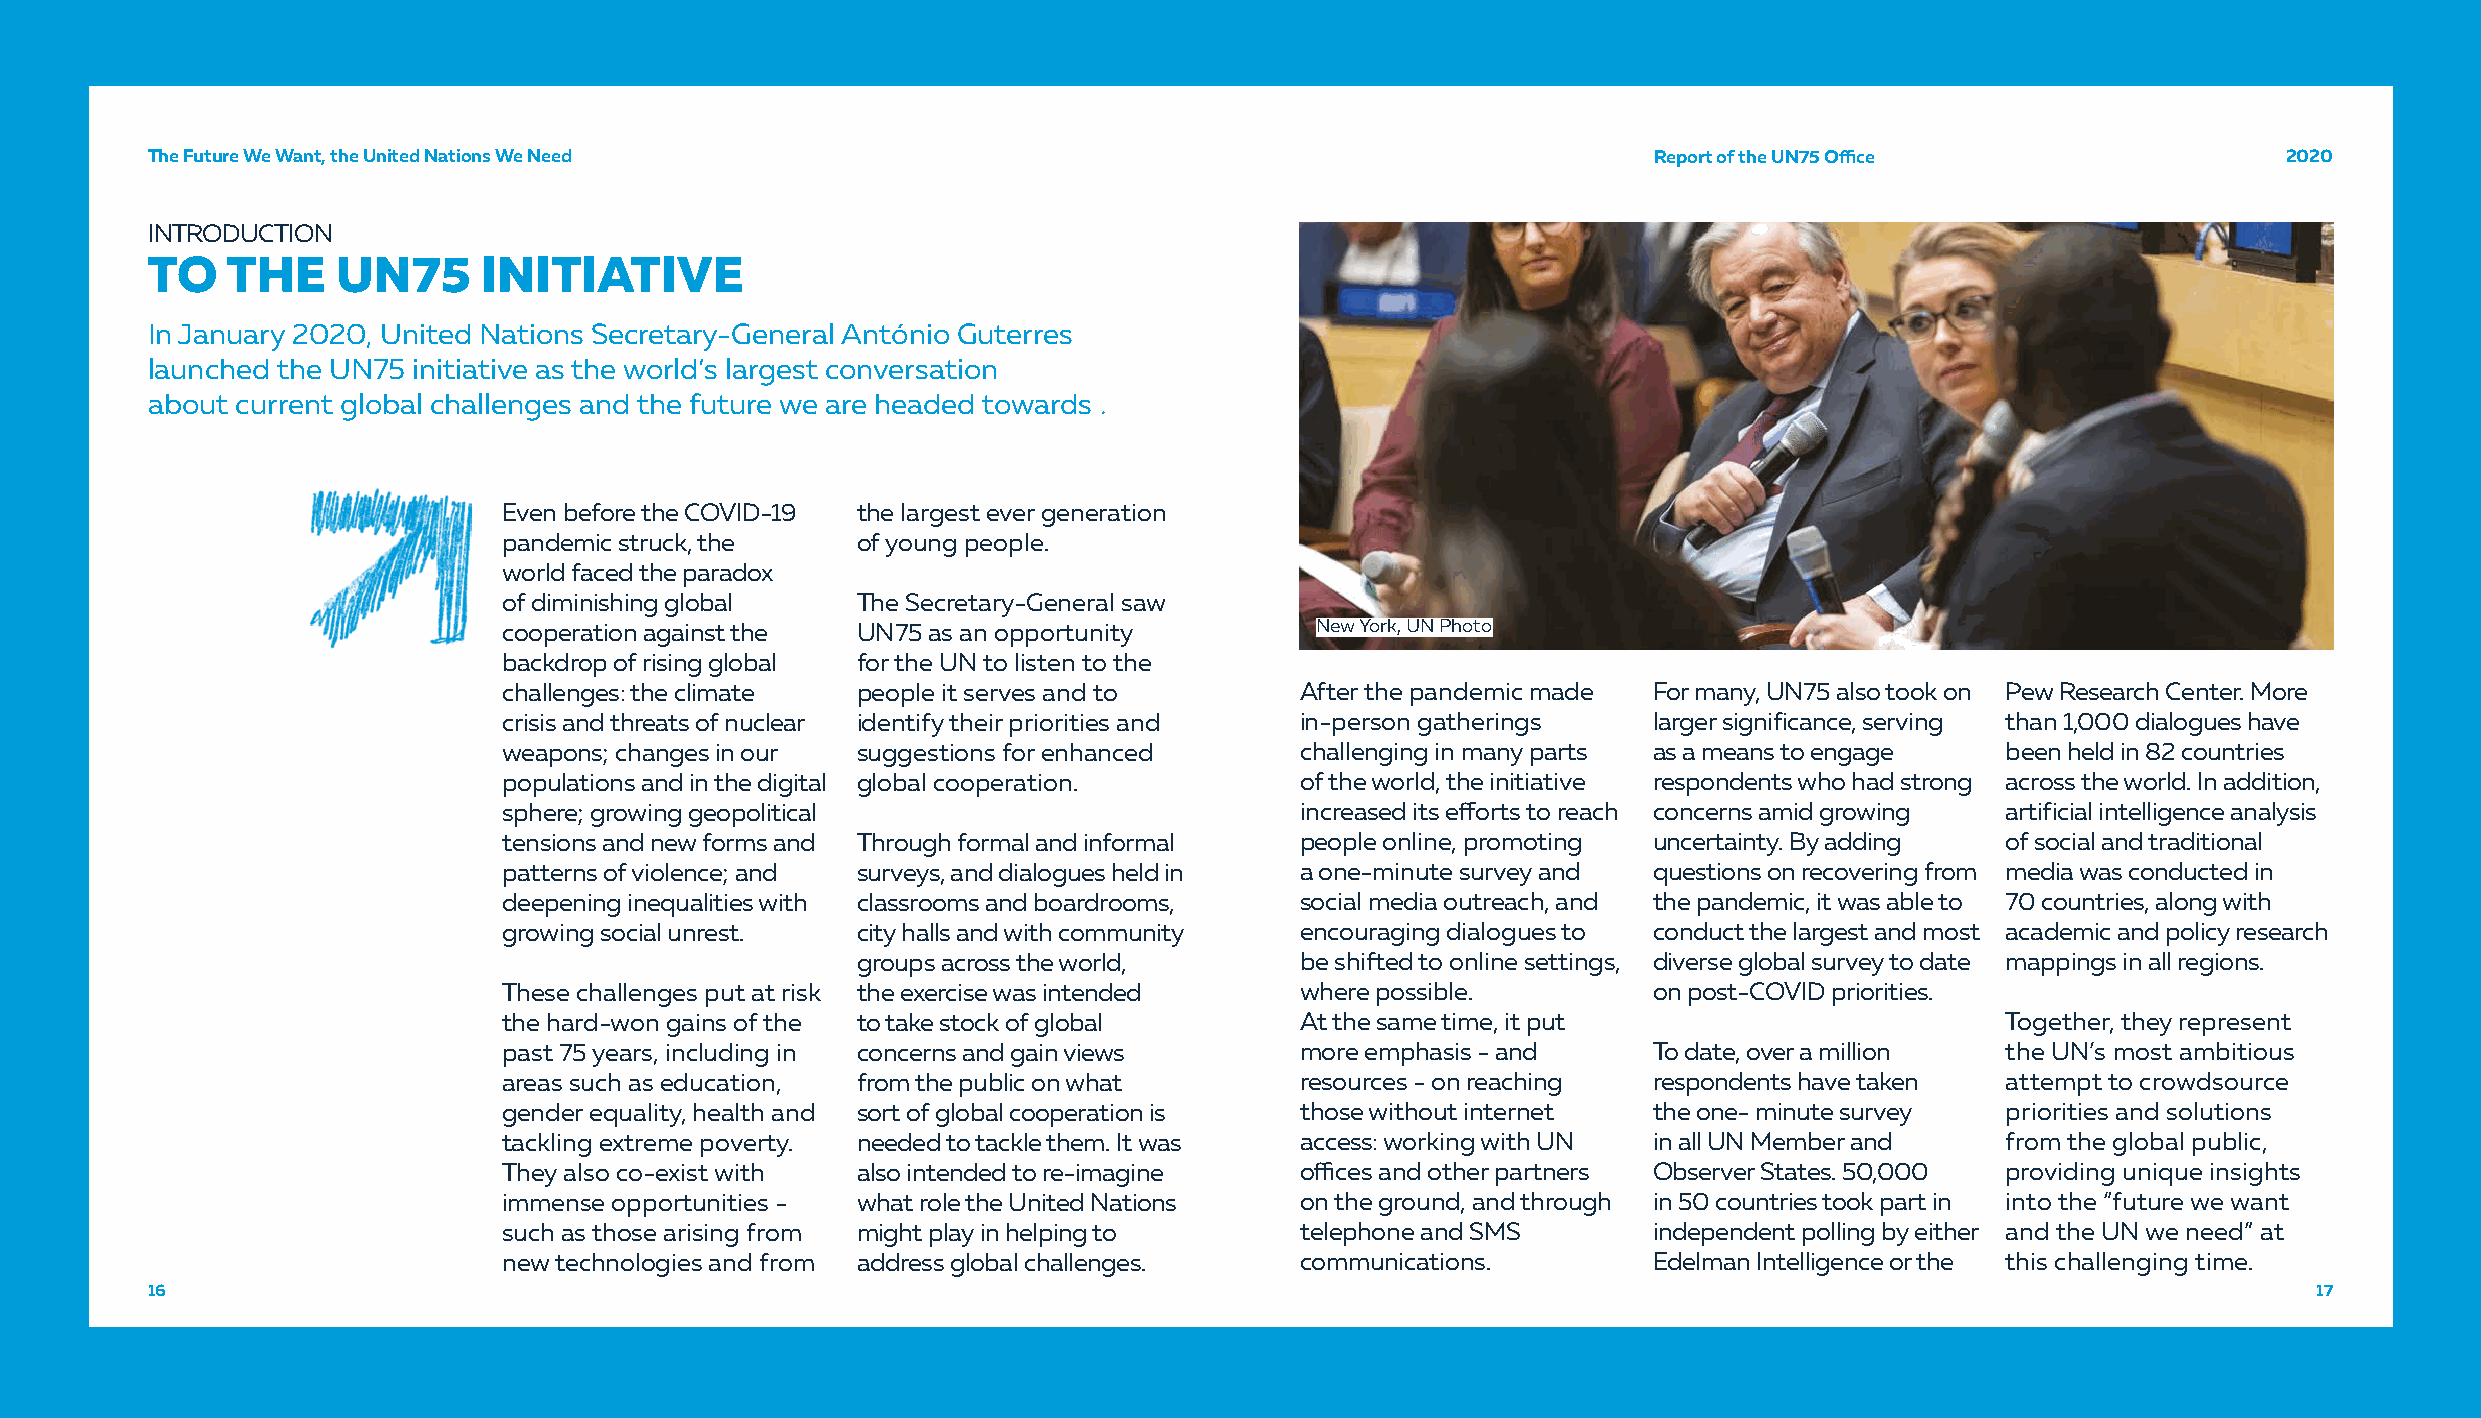
TThhee FFuuttuurree WWee WWaanntt,, tthhee UUnniitteedd NNaattiioonnss WWee NNeeeedd               RReeppoorrtt ooff tthhee UUNN7755 OOffifficcee 22002200
 INTRODUCTION
 TO   THE    UN75      INITIATIVE
 In January 2020, United Nations Secretary-General António Guterres
 launched the UN75 initiative as the world’s largest conversation
 about current global challenges and the future we are headed towards .
 Even before the COVID-19 the largest ever generation
 pandemic struck, the    of young people.
 world faced the paradox
 of diminishing global   The Secretary-General saw
 cooperation against the UN75 as an opportunity        New York, UN Photo
 backdrop of rising global for the UN to listen to the
 challenges: the climate people it serves and to      After the pandemic made For many, UN75 also took on Pew Research Center. More
 crisis and threats of nuclear identify their priorities and in-person gatherings larger significance, serving than 1,000 dialogues have
 weapons; changes in our suggestions for enhanced     challenging in many parts as a means to engage been held in 82 countries
 populations and in the digital global cooperation.   of the world, the initiative respondents who had strong across the world. In addition,
 sphere; growing geopolitical                         increased its efforts to reach concerns amid growing artificial intelligence analysis
 tensions and new forms and Through formal and informal people online, promoting uncertainty. By adding of social and traditional
 patterns of violence; and surveys, and dialogues held in a one-minute survey and questions on recovering from media was conducted in
 deepening inequalities with classrooms and boardrooms, social media outreach, and the pandemic, it was able to 70 countries, along with
 growing social unrest.  city halls and with community encouraging dialogues to conduct the largest and most academic and policy research
 groups across the world,     be shifted to online settings, diverse global survey to date mappings in all regions.
 These challenges put at risk the exercise was intended where possible.      on post-COVID priorities.
 the hard-won gains of the to take stock of global    At the same time, it put                       Together, they represent
 past 75 years, including in concerns and gain views  more emphasis - and    To date, over a million the UN’s most ambitious
 areas such as education, from the public on what     resources - on reaching respondents have taken attempt to crowdsource
 gender equality, health and sort of global cooperation is those without internet the one- minute survey priorities and solutions
 tackling extreme poverty. needed to tackle them. It was access: working with UN in all UN Member and from the global public,
 They also co-exist with also intended to re-imagine  offices and other partners Observer States. 50,000 providing unique insights
 immense opportunities - what role the United Nations on the ground, and through in 50 countries took part in into the “future we want
 such as those arising from might play in helping to  telephone and SMS      independent polling by either and the UN we need” at
 new technologies and from address global challenges. communications.        Edelman Intelligence or the this challenging time.
 16                                                                                                                                             17
 16                                                                                                                                             17